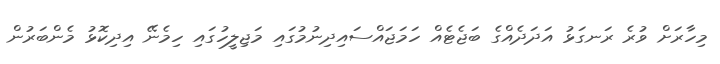
މިހާރަށް ވުރެ ރަނގަޅު އަދަދެއްގެ ބަޖެޓެއް ހަމަޖައްސައިިދިނުމުގައި މަޖިލީހުގައި ހިމެނޭ އިދިކޮޅު މެންބަރުން